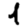
Digit: 1